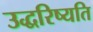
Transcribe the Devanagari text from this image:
उद्धरिष्यति